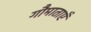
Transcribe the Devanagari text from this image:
गौमाताएँ